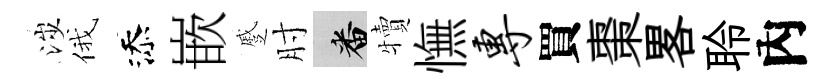
涉俄添嵌蹙肘番犢憮专買棗畧聆內